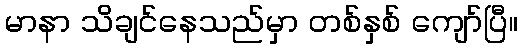
မာနာ သိချင်နေသည်မှာ တစ်နှစ် ကျော်ပြီ။